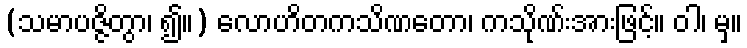
(သမာပဇ္ဇိတွာ၊ ၍။) လောဟိတကသိဏတော၊ ကသိုဏ်းအားဖြင့်။ ဝါ၊ မှ။